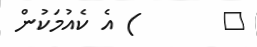
٧       ) އެ ކެއުމަކުން